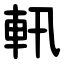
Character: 軐